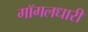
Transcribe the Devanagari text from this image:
गॉगलधारी